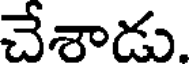
చేశాడు.